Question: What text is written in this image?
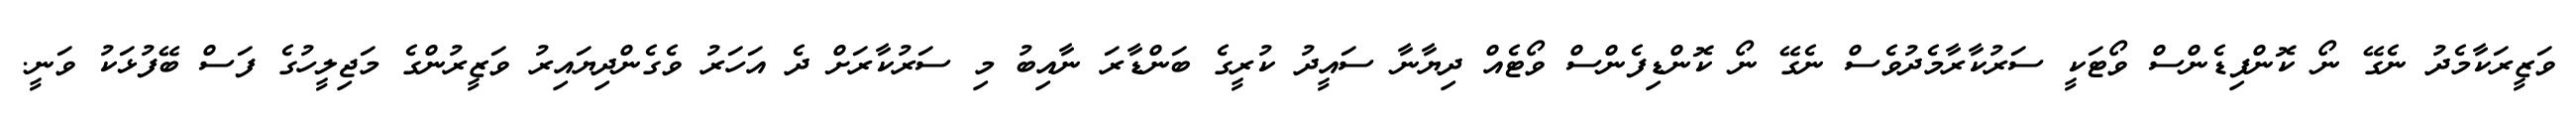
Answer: ވަޒީރަކާމެދު ނެގޭ ނޯ ކޮންފިޑެންސް ވޯޓަކީ ސަރުކާރާމެދުވެސް ނެގޭ ނޯ ކޮންޑިފެންސް ވޯޓެއް ދިޔާނާ ސައީދު ކުރީގެ ބަންޑާރަ ނާއިބު މި ސަރުކާރަށް ދެ އަހަރު ވެގެންދިޔައިރު ވަޒީރުންގެ މަޖިލީހުގެ ފަސް ބޭފުޅަކު ވަނީ.